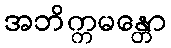
အဘိက္ကမန္တော